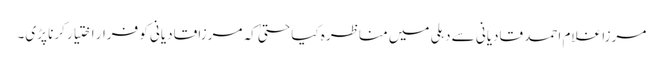
مرزا غلام احمد قادیانی سے دہلی میں مناظرہ کیا حتیٰ کہ مرزا قادیانی کو فرار اختیار کرنا پڑی۔